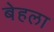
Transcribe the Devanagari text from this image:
बेहला